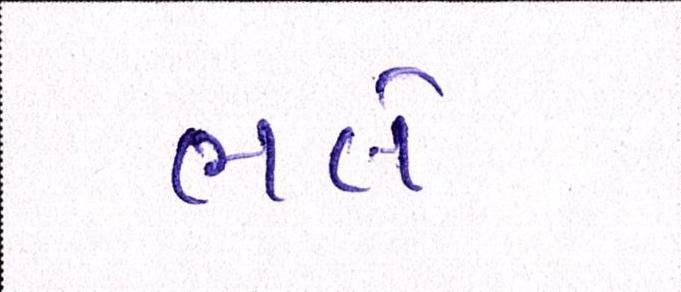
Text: ભલે